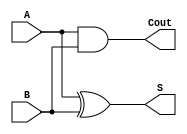
`timescale 1ns/1ps
`default_nettype none

//demonstrates the workings of a half adder using dataflow verilog
module half_adder(S,Cout,A,B);

//declare input and output ports
input wire A,B;
output wire S, Cout;
//declare internal nets
wire andAB;

//assign values 
assign S = A^B;
assign andAB = A&B;
assign Cout = andAB;

endmodule //designate end of module